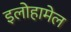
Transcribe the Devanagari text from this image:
इलोहामेल